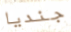
جنديا